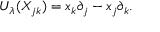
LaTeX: U _ { \lambda } ( X _ { j k } ) = x _ { k } \partial _ { j } - x _ { j } \partial _ { k } .